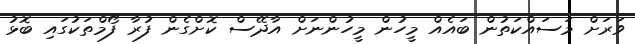
ވަރަށް މަސައްކަތުން ބައެއް މީހުން މީހުންނަށް އާދޭސް ކޮށްގެން ފުރާ ފޯމްތަކުގައި ބޮޅު